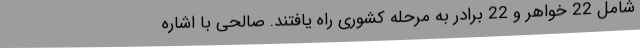
شامل 22 خواهر و 22 برادر به مرحله کشوری راه یافتند. صالحی با اشاره